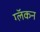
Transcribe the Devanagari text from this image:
ग्लॅकन